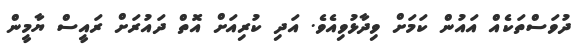
ދުވަސްތަކެއް އައުން ކަމަށް ވިދާޅުވިއެވެ. އަދި ކުރިއަށް އޮތް ދައުރަށް ރައީސް ޔާމީން